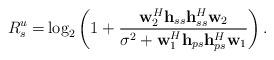
LaTeX: \begin{align*}R_s^u=&\log_2\left(1+\frac{\mathbf{w}_2^H\mathbf{h}_{ss}\mathbf{h}_{ss}^H\mathbf{w}_2}{\sigma^2+\mathbf{w}_1^H\mathbf{h}_{ps}\mathbf{h}_{ps}^H\mathbf{w}_1}\right).\end{align*}